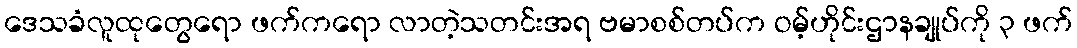
ဒေသခံလူထုတွေရော ဖက်ကရော လာတဲ့သတင်းအရ ဗမာစစ်တပ်က ဝမ့်ဟိုင်းဌာနချုပ်ကို ၃ ဖက်